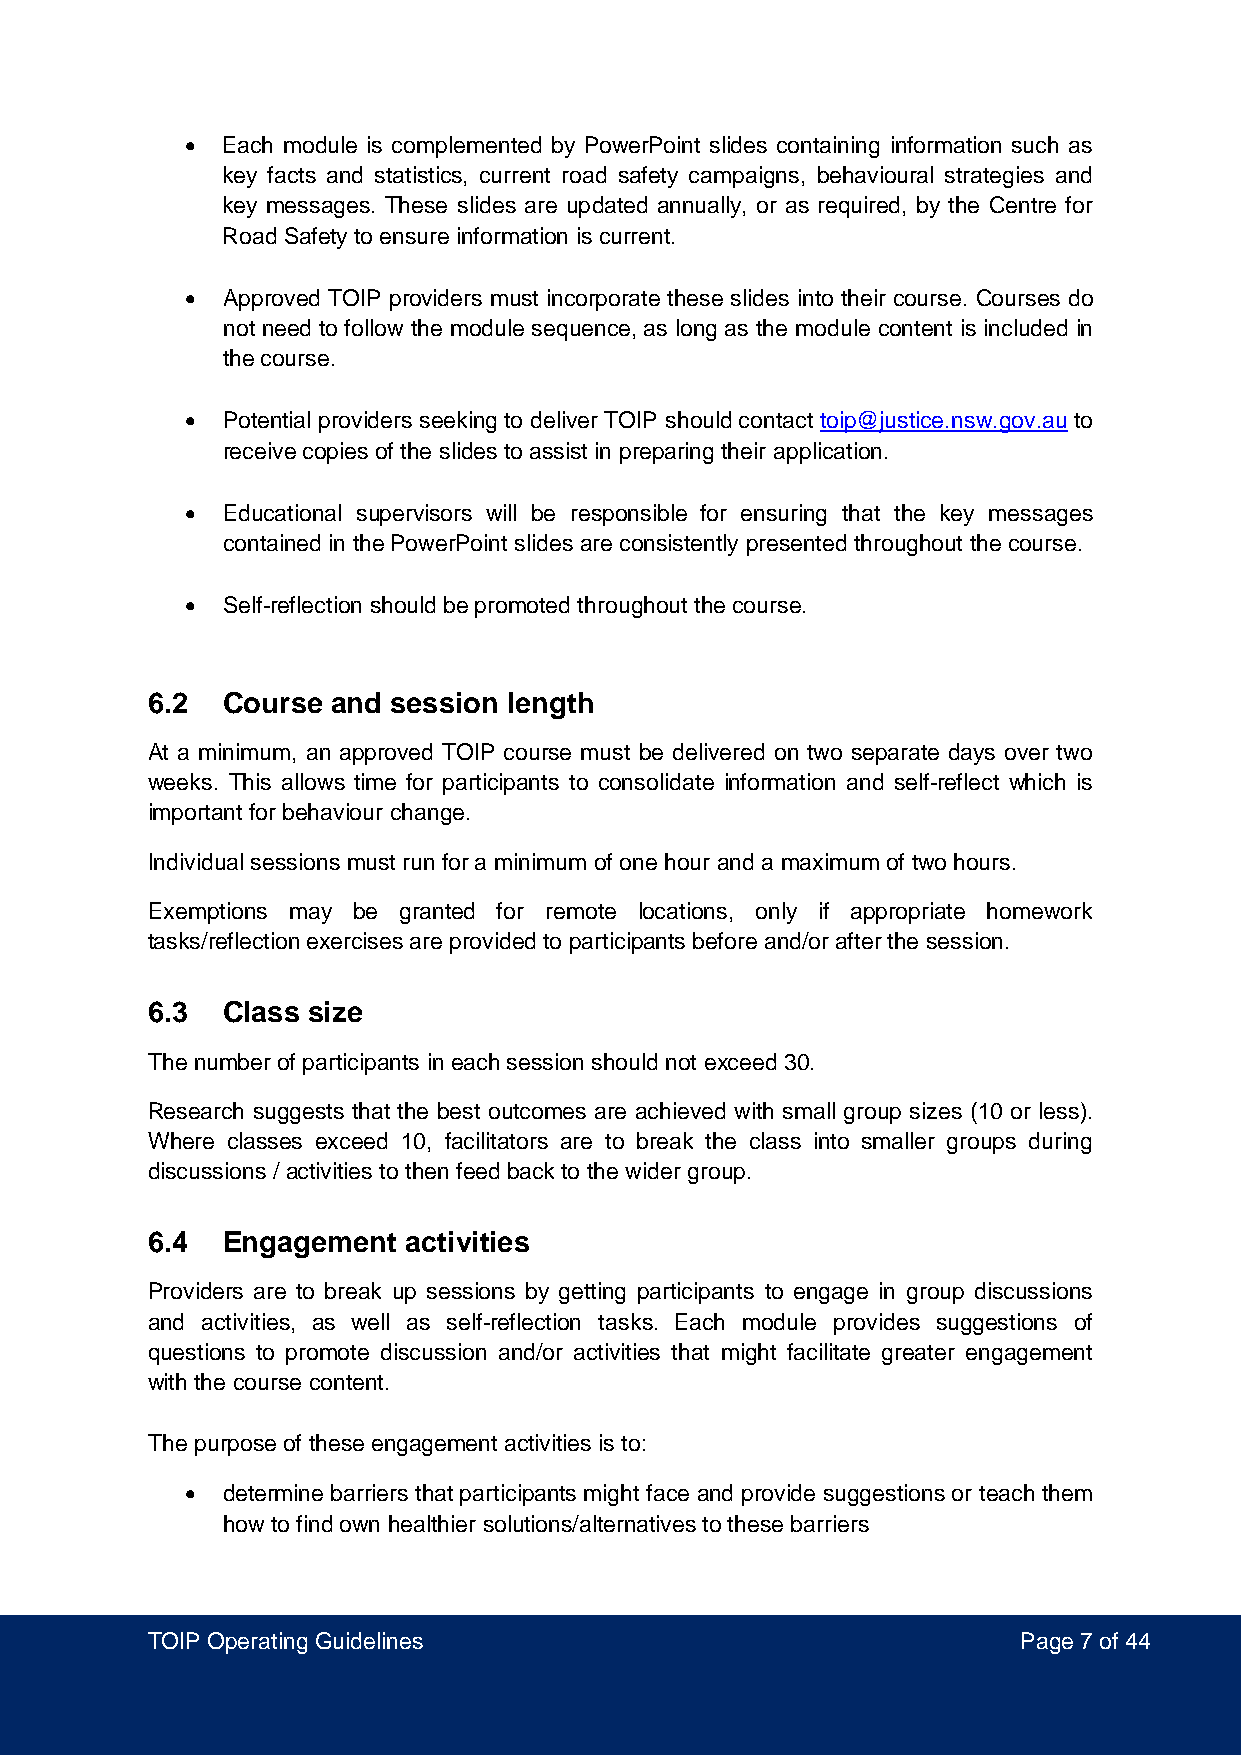
•  Each module is complemented by PowerPoint slides containing information such as
 key facts and statistics, current road safety campaigns, behavioural strategies and
 key messages. These slides are updated annually, or as required, by the Centre for
 Road Safety to ensure information is current.
 •  Approved TOIP providers must incorporate these slides into their course. Courses do
 not need to follow the module sequence, as long as the module content is included in
 the course.
 •  Potential providers seeking to deliver TOIP should contact toip@justice.nsw.gov.au to
 receive copies of the slides to assist in preparing their application.
 •  Educational supervisors will be responsible for ensuring that the key messages
 contained in the PowerPoint slides are consistently presented throughout the course.
 •  Self-reflection should be promoted throughout the course.
 6.2  Course and session length
 At a minimum, an approved TOIP course must be delivered on two separate days over two
 weeks. This allows time for participants to consolidate information and self-reflect which is
 important for behaviour change.
 Individual sessions must run for a minimum of one hour and a maximum of two hours.
 Exemptions may be granted for remote locations, only if appropriate homework
 tasks/reflection exercises are provided to participants before and/or after the session.
 6.3  Class size
 The number of participants in each session should not exceed 30.
 Research suggests that the best outcomes are achieved with small group sizes (10 or less).
 Where classes exceed 10, facilitators are to break the class into smaller groups during
 discussions / activities to then feed back to the wider group.
 6.4  Engagement  activities
 Providers are to break up sessions by getting participants to engage in group discussions
 and activities, as well as self-reflection tasks. Each module provides suggestions of
 questions to promote discussion and/or activities that might facilitate greater engagement
 with the course content.
 The purpose of these engagement activities is to:
 •  determine barriers that participants might face and provide suggestions or teach them
 how to find own healthier solutions/alternatives to these barriers
 TOIP Operating Guidelines                                Page 7 of 44